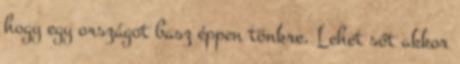
hogy egy országot basz éppen tönkre. Lehet sőt akkor